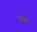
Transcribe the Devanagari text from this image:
फ़्रेक्स